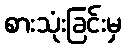
စားသုံးခြင်းမှ